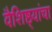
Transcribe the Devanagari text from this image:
वैशिष्ठ्यांचा